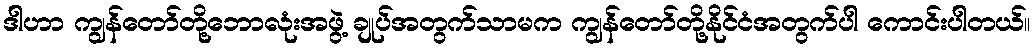
ဒါဟာ ကျွန်တော်တို့ဘောလုံးအဖွဲ့ ချုပ်အတွက်သာမက ကျွန်တော်တို့နိုင်ငံအတွက်ပါ ကောင်းပါတယ်။